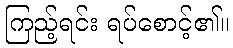
ကြည့်ရင်း ရပ်စောင့်၏။